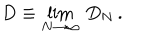
\: D \equiv \lim _ { N \rightarrow \infty } \, D _ { N } \, . \: